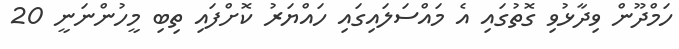
ހަމްދޫން ވިދާޅުވި ގޮތުގައި އެ މައްސަލައިގައި ހައްޔަރު ކޮށްފައި ތިބި މީހުންނަނީ 20